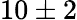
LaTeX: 10\pm 2